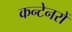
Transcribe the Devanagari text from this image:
कन्टेनरों